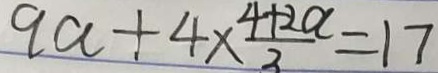
9 a + 4 \times \frac { 4 + 2 a } { 3 } = 1 7